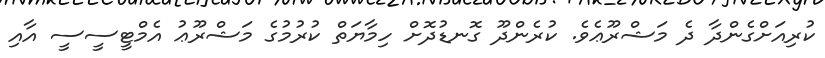
ކުރިއަށްގެންދާ ދެ މަޝްރޫޢެވެ. ކުރެންދޫ ގޮނޑުދޮށް ހިމާޔަތް ކުރުމުގެ މަޝްރޫޢު އެމްޓީސީސީ އާއި